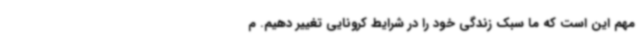
مهم این است که ما سبک زندگی خود را در شرایط کرونایی تغییر دهیم. م